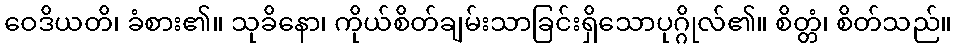
ဝေဒိယတိ၊ ခံစား၏။ သုခိနော၊ ကိုယ်စိတ်ချမ်းသာခြင်းရှိသောပုဂ္ဂိုလ်၏။ စိတ္တံ၊ စိတ်သည်။